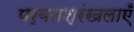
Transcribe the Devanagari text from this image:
पर्वतश्रंखलाएँ